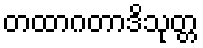
တထာဂတာဒိသုတ္တ